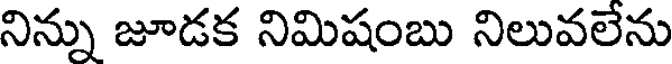
నిన్ను జూడక నిమిషంబు నిలువలేను